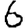
Digit: 6